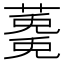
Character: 𮑩